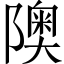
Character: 隩